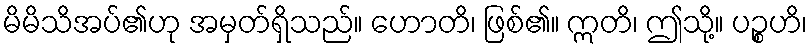
မိမိသိအပ်၏ဟု အမှတ်ရှိသည်။ ဟောတိ၊ ဖြစ်၏။ ဣတိ၊ ဤသို့။ ပဉ္စဟိ၊